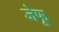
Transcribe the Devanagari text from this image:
जेफू